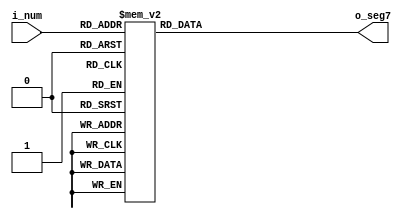
`ifndef _decimal_decoder
`define _decimal_decoder

module decimal_decoder (
  input wire [3:0] i_num,
  output reg [6:0] o_seg7
);

  always @* begin
    case (i_num)
      4'd0: o_seg7 <= 7'b100_0000;
      4'd1: o_seg7 <= 7'b111_1001;
      4'd2: o_seg7 <= 7'b010_0100;
      4'd3: o_seg7 <= 7'b011_0000;
      4'd4: o_seg7 <= 7'b001_1001;
      4'd5: o_seg7 <= 7'b001_0010;
      4'd6: o_seg7 <= 7'b000_0010;
      4'd7: o_seg7 <= 7'b101_1000;
      4'd8: o_seg7 <= 7'b000_0000;
      4'd9: o_seg7 <= 7'b001_0000;
      default: o_seg7 <= 7'bXXX_XXXX;
    endcase
  end

endmodule

`endif